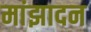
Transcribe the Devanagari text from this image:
मांझादन